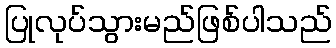
ပြုလုပ်သွားမည်ဖြစ်ပါသည်